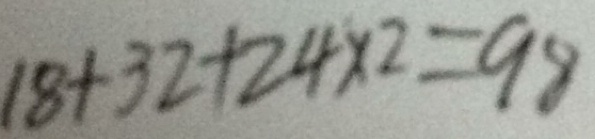
1 8 + 3 2 + 2 4 \times 2 = 9 8